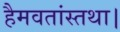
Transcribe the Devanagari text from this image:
हैमवतांस्तथा।